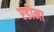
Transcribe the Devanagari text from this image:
एडीना